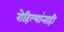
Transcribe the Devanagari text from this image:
रोहिल्यांनाही